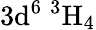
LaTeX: \mathrm{3d^{6}\ ^{3}H_{4}}